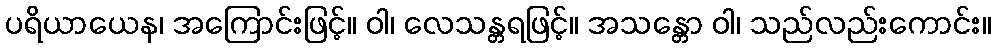
ပရိယာယေန၊ အကြောင်းဖြင့်။ ဝါ၊ လေသန္တရဖြင့်။ အသန္တော ဝါ၊ သည်လည်းကောင်း။